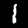
Label: 1